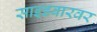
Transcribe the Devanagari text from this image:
साइडबारवर